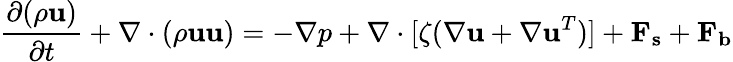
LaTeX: \frac{\partial(\rho\mathbf{u})}{\partial t}+\nabla\cdot(\rho\mathbf{u}\mathbf{u})=-\nabla p+\nabla\cdot[\zeta(\nabla\mathbf{u}+\nabla\mathbf{u}^{T})]+\mathbf{F_{s}}+\mathbf{F_{b}}